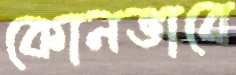
কোনভাবে